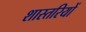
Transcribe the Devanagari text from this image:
शास्तरियों